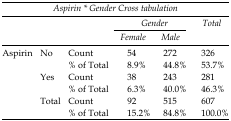
<table><thead><tr><td colspan="6"><b>Aspirin * Gender Cross tabulation</b></td></tr><tr><td rowspan="3"></td><td rowspan="3"></td><td rowspan="3"></td><td colspan="2"><b>Gender</b></td><td rowspan="3"><b>Total</b></td></tr><tr><td><b>Female</b></td><td><b>Male</b></td></tr></thead><tbody><tr><td rowspan="6"><i>Aspirin</i></td><td rowspan="2"><i>No</i></td><td>Count</td><td>54</td><td>272</td><td>326</td></tr><tr><td>% of Total</td><td>8.9%</td><td>44.8%</td><td>53.7%</td></tr><tr><td rowspan="2"><i>Yes</i></td><td>Count</td><td>38</td><td>243</td><td>281</td></tr><tr><td>% of Total</td><td>6.3%</td><td>40.0%</td><td>46.3%</td></tr><tr><td rowspan="2"><i>Total</i></td><td>Count</td><td>92</td><td>515</td><td>607</td></tr><tr><td>% of Total</td><td>15.2%</td><td>84.8%</td><td>100.0%</td></tr></tbody></table>